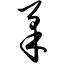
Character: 柔